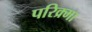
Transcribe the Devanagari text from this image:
परिक्र्मा